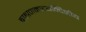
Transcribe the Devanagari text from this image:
ब्राह्मणमाध्यन्दिनीय